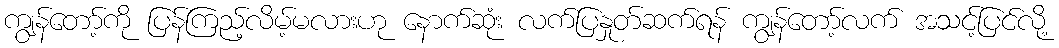
ကျွန်တော့်ကို ပြန်ကြည့်လိမ့်မလားဟု နောက်ဆုံး လက်ပြနှုတ်ဆက်ရန် ကျွန်တော့်လက် အသင့်ပြင်လို့